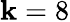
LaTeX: \mathbf{k}=8